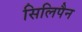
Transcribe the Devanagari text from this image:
सिलिपैन